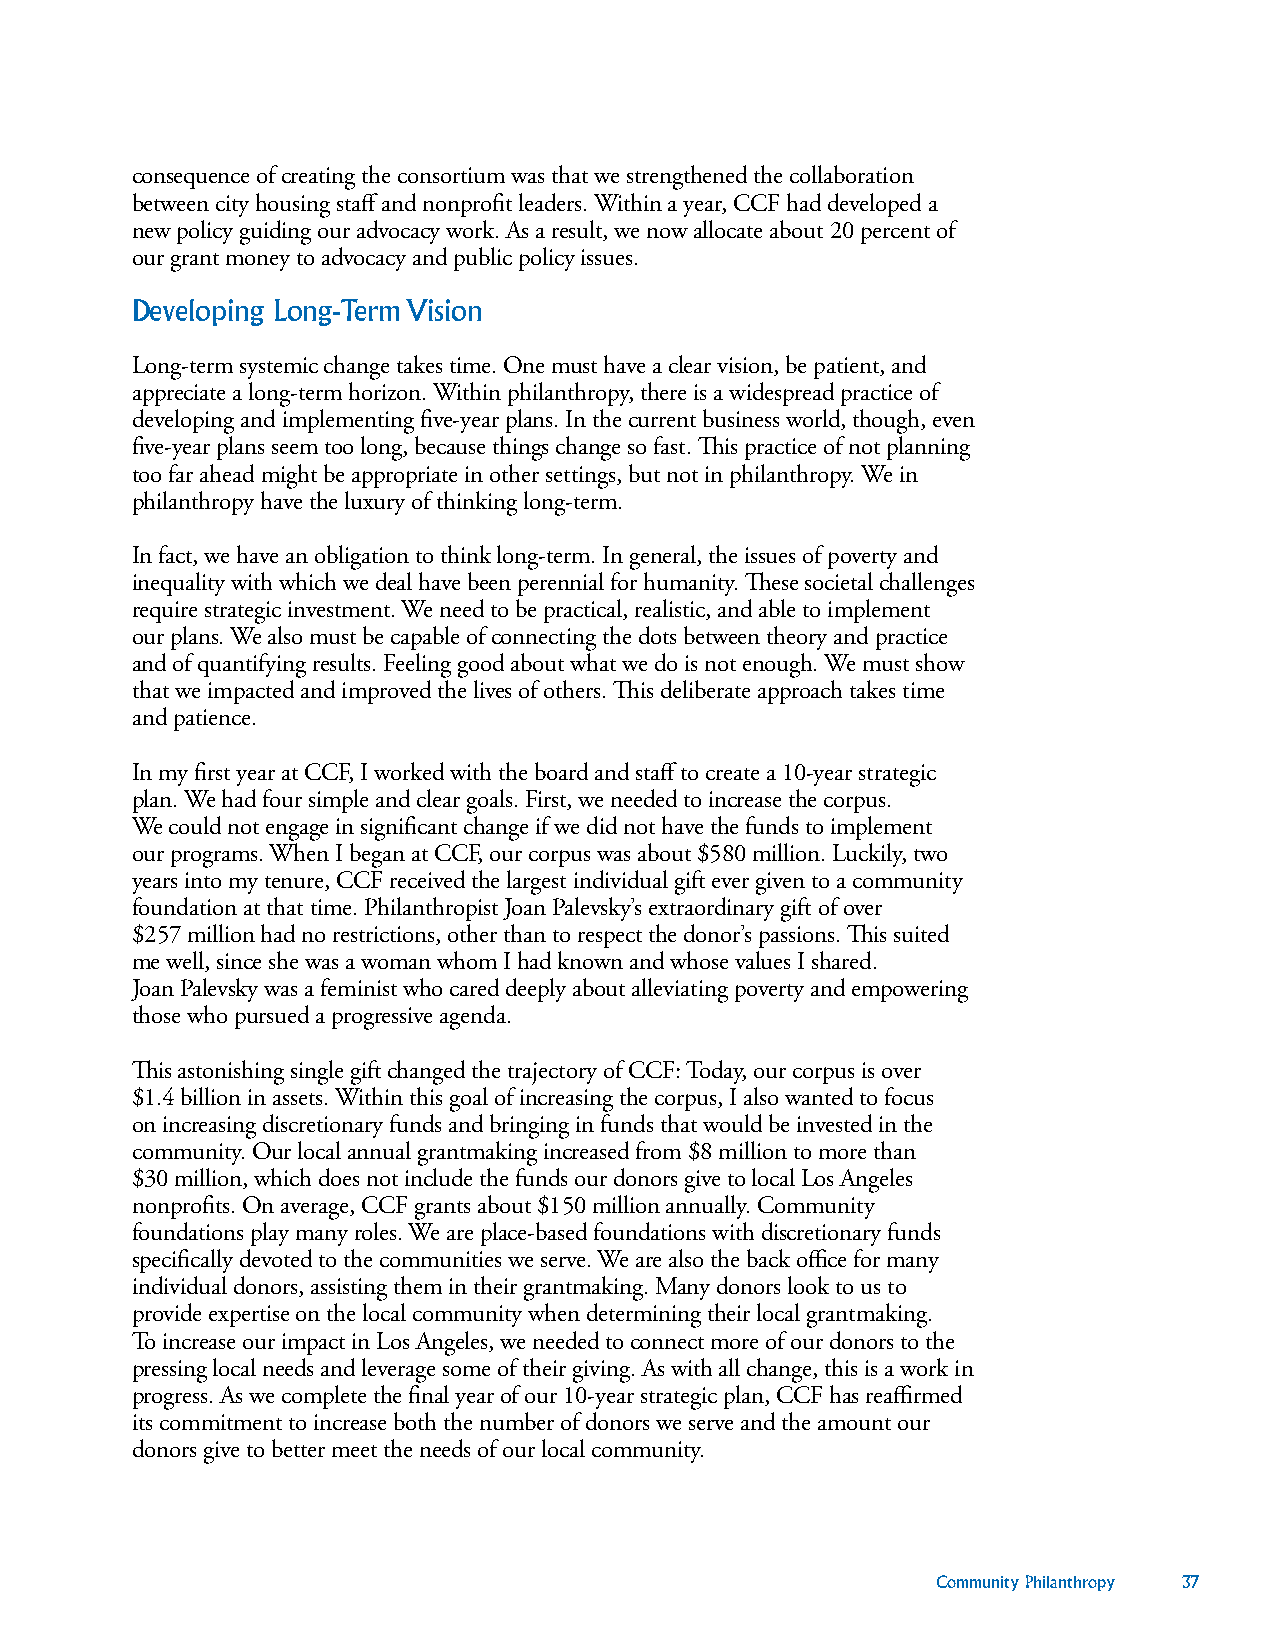
consequence of creating the consortium was that we strengthened the collaboration
 between city housing staff and nonprofit leaders. Within a year, CCF had developed a
 new policy guiding our advocacy work. As a result, we now allocate about 20 percent of
 our grant money to advocacy and public policy issues.
 Developing Long-Term Vision
 Long-term systemic change takes time. One must have a clear vision, be patient, and
 appreciate a long-term horizon. Within philanthropy, there is a widespread practice of
 developing and implementing five-year plans. In the current business world, though, even
 five-year plans seem too long, because things change so fast. This practice of not planning
 too far ahead might be appropriate in other settings, but not in philanthropy. We in
 philanthropy have the luxury of thinking long-term.
 In fact, we have an obligation to think long-term. In general, the issues of poverty and
 inequality with which we deal have been perennial for humanity. These societal challenges
 require strategic investment. We need to be practical, realistic, and able to implement
 our plans. We also must be capable of connecting the dots between theory and practice
 and of quantifying results. Feeling good about what we do is not enough. We must show
 that we impacted and improved the lives of others. This deliberate approach takes time
 and patience.
 In my first year at CCF, I worked with the board and staff to create a 10-year strategic
 plan. We had four simple and clear goals. First, we needed to increase the corpus.
 We could not engage in significant change if we did not have the funds to implement
 our programs. When I began at CCF, our corpus was about $580 million. Luckily, two
 years into my tenure, CCF received the largest individual gift ever given to a community
 foundation at that time. Philanthropist Joan Palevsky’s extraordinary gift of over
 $257 million had no restrictions, other than to respect the donor’s passions. This suited
 me well, since she was a woman whom I had known and whose values I shared.
 Joan Palevsky was a feminist who cared deeply about alleviating poverty and empowering
 those who pursued a progressive agenda.
 This astonishing single gift changed the trajectory of CCF: Today, our corpus is over
 $1.4 billion in assets. Within this goal of increasing the corpus, I also wanted to focus
 on increasing discretionary funds and bringing in funds that would be invested in the
 community. Our local annual grantmaking increased from $8 million to more than
 $30 million, which does not include the funds our donors give to local Los Angeles
 nonprofits. On average, CCF grants about $150 million annually. Community
 foundations play many roles. We are place-based foundations with discretionary funds
 specifically devoted to the communities we serve. We are also the back office for many
 individual donors, assisting them in their grantmaking. Many donors look to us to
 provide expertise on the local community when determining their local grantmaking.
 To increase our impact in Los Angeles, we needed to connect more of our donors to the
 pressing local needs and leverage some of their giving. As with all change, this is a work in
 progress. As we complete the final year of our 10-year strategic plan, CCF has reaffirmed
 its commitment to increase both the number of donors we serve and the amount our
 donors give to better meet the needs of our local community.
 Community Philanthropy 37